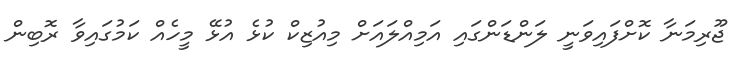
ޖޫރިމަނާ ކޮށްފައިވަނީ ލަންޑަންގައި އަމިއްލައަށް މިއުޒިކް ކުޅެ އުޅޭ މީހެއް ކަމުގައިވާ ރޮބިން